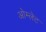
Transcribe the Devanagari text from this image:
ओम्लेट